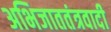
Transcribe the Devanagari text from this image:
अभिजाततंत्रवादी